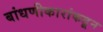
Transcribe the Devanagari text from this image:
बांधणीकारांकडून